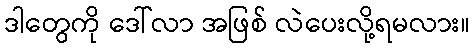
ဒါတွေကို ဒေါ်လာ အဖြစ် လဲပေးလို့ရမလား။